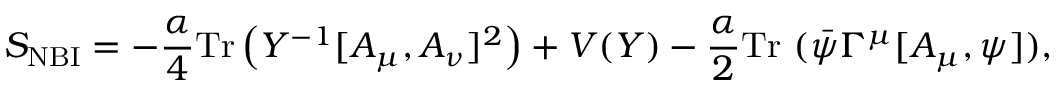
S _ { \mathrm { N B I } } = - \frac { \alpha } { 4 } \mathrm { T r } \left( Y ^ { - 1 } [ A _ { \mu } , A _ { \nu } ] ^ { 2 } \right) + V ( Y ) - \frac { \alpha } { 2 } \mathrm { T r } ~ ( \bar { \psi } \Gamma ^ { \mu } [ A _ { \mu } , \psi ] ) ,